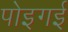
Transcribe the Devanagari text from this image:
पोइगई